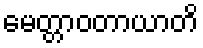
မေတ္တာဝတာယာတိ